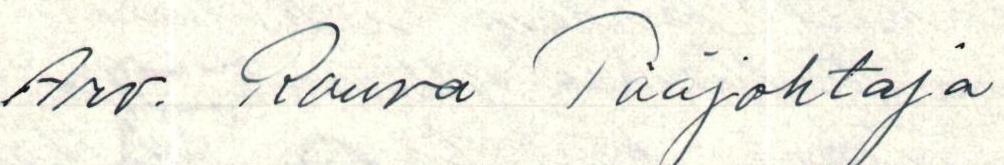
Arv. Rouva Pääjohtaja